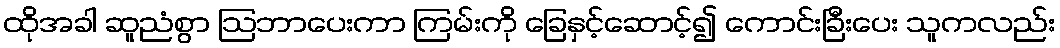
ထိုအခါ ဆူညံစွာ ဩဘာပေးကာ ကြမ်းကို ခြေနှင့်ဆောင့်၍ ကောင်းခြီးပေး သူကလည်း